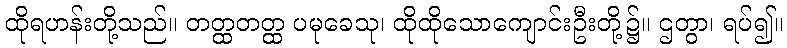
ထိုရဟန်းတို့သည်။ တတ္ထတတ္ထ ပမုခေသု၊ ထိုထိုသောကျောင်းဦးတို့၌။ ဌတွာ၊ ရပ်၍။